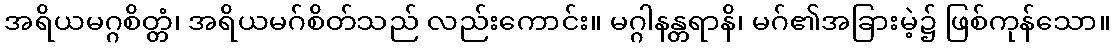
အရိယမဂ္ဂစိတ္တံ၊ အရိယမဂ်စိတ်သည် လည်းကောင်း။ မဂ္ဂါနန္တရာနိ၊ မဂ်၏အခြားမဲ့၌ ဖြစ်ကုန်သော။